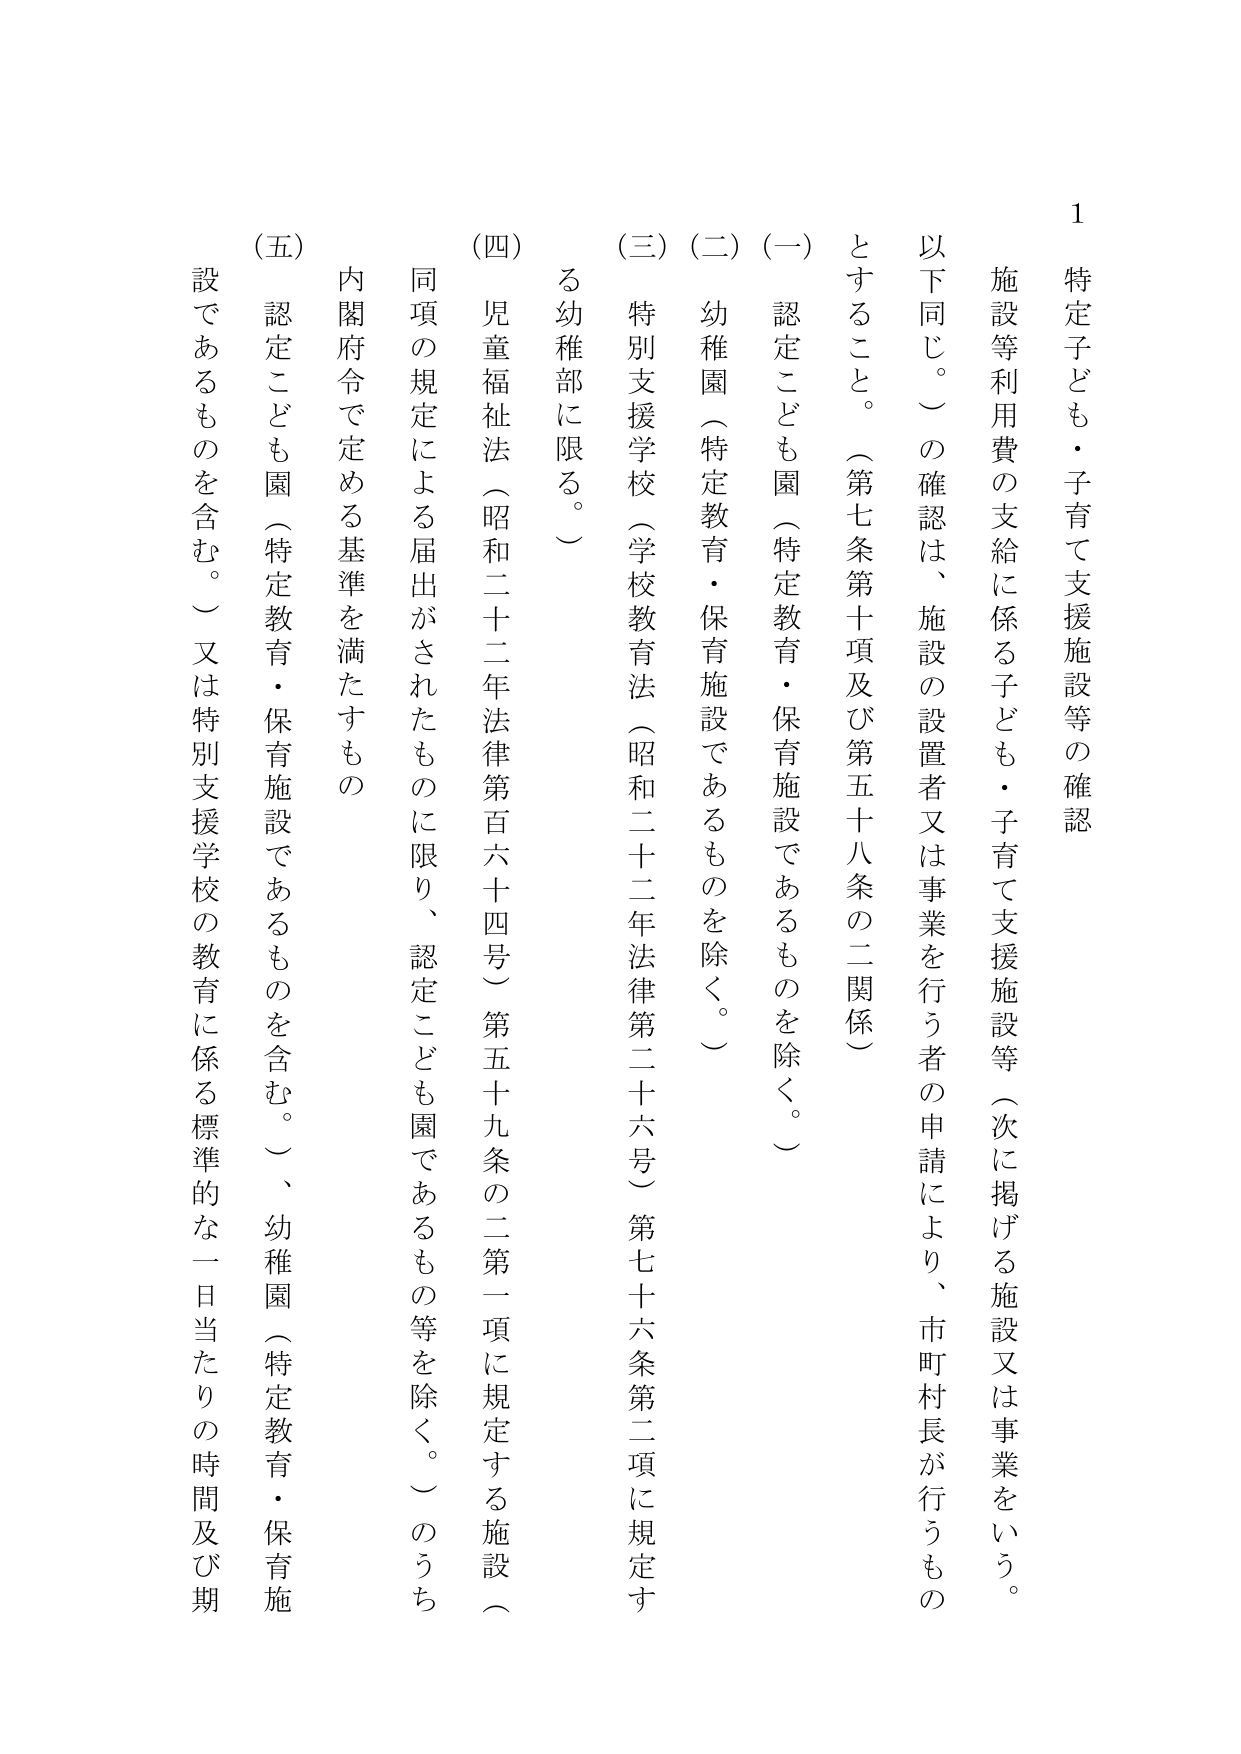
1 特定子ども・子育て支援施設等の確認

施設等利用費の支給に係る子ども・子育て支援施設等（次に掲げる施設又は事業をいう。以下同じ。）の確認は、施設の設置者又は事業を行う者の申請により、市町村長が行うものとすること。（第七条第十項及び第五十八条の二関係）

（一） 認定こども園（特定教育・保育施設であるものを除く。）

（二） 幼稚園（特定教育・保育施設であるものを除く。）

（三） 特別支援学校（学校教育法（昭和二十二年法律第二十六号）第七十六条第二項に規定する幼稚部に限る。）

（四） 児童福祉法（昭和二十二年法律第百六十四号）第五十九条の二第一項に規定する施設（同項の規定による届出がされたものに限り、認定こども園であるもの等を除く。）のうち

（五） 内閣府令で定める基準を満たすもの

認定こども園（特定教育・保育施設であるものを含む。）、幼稚園（特定教育・保育施設であるものを含む。）又は特別支援学校の教育に係る標準的な一日当たりの時間及び期